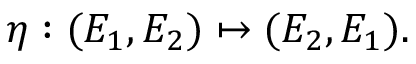
\eta : ( E _ { 1 } , E _ { 2 } ) \mapsto ( E _ { 2 } , E _ { 1 } ) .